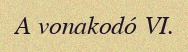
A vonakodó VI.